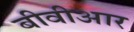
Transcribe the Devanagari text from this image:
बीवीआर